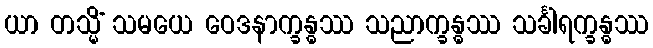
ယာ တသ္မိံ သမယေ ဝေဒနာက္ခန္ဓဿ သညာက္ခန္ဓဿ သင်္ခါရက္ခန္ဓဿ